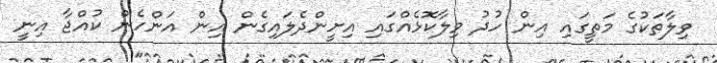
ވިލާތަކުގެ މަތީގައި އިން ހުދު ވިލާކޮޅެއްގައި އިށީންދެލައިގެން އިން އަންހެން ކުއްޖާ އިނީ